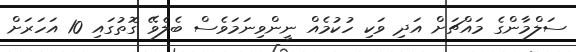
ސަލްމާންގެ މައްޗަށް އަދި ވަކި ހުކުމެއް ނީންވިނަމަވެސް ބެލެވޭ ގޮތުގައި 10 އަހަރަށް